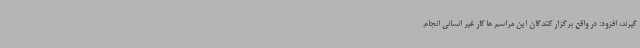
گیرند، افزود: در واقع برگزار کنندگان این مراسم ها کار غیر انسانی انجام